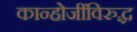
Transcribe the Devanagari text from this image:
कान्होजींविरुद्ध